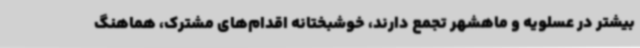
بیشتر در عسلویه و ماهشهر تجمع دارند، خوشبختانه اقدام‌های مشترک، هماهنگ